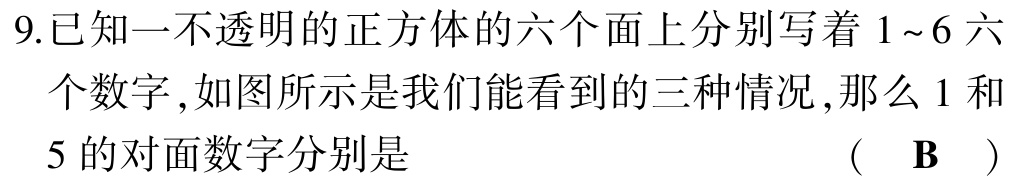
9.已知一不透明的正方体的六个面上分别写着 \(1\sim6\) 六个数字,如图所示是我们能看到的三种情况,那么 \(1\) 和 \(5\) 的对面数字分别是 （ B ）